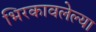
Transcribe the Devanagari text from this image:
भिरकावलेल्या